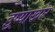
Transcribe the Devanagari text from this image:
इष्र्याखोर